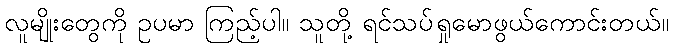
လူမျိုးတွေကို ဥပမာ ကြည့်ပါ။ သူတို့ ရင်သပ်ရှုမောဖွယ်ကောင်းတယ်။